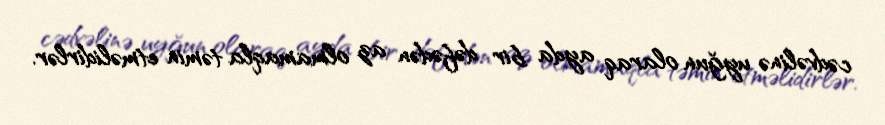
cədvəlinə uyğun olaraq ayda bir dəfədən az olmamaqla təmin etməlidirlər.